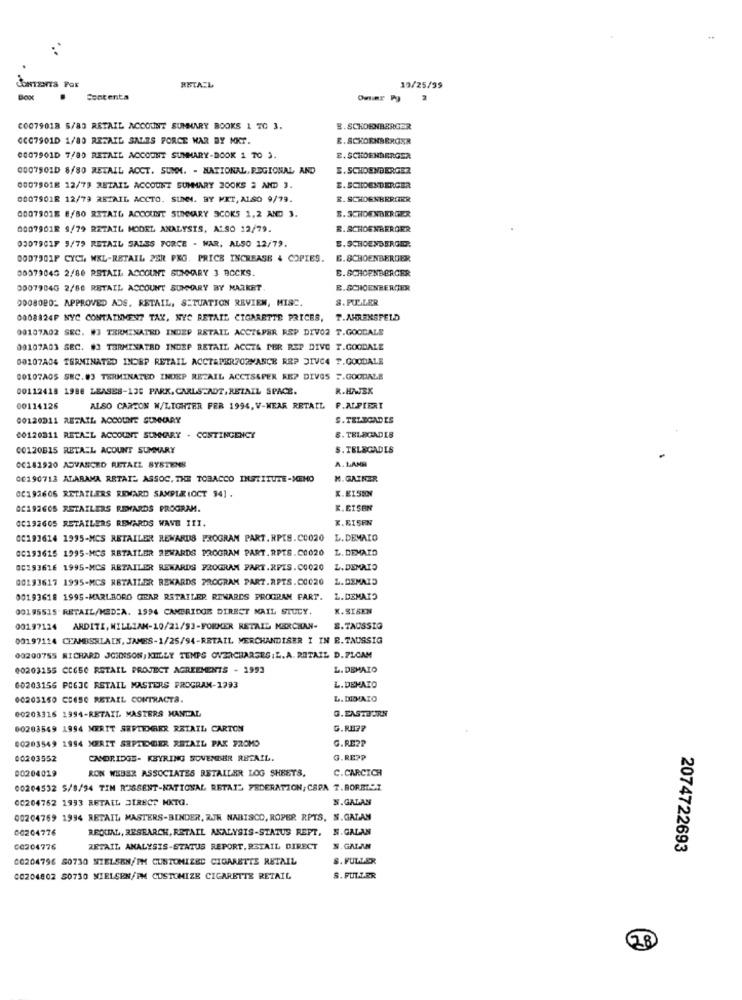
CONTENTS Par
RETAIL
19/25/99
Contenta
Omar W
C0079018 5/83 RETAIL ACCOUNT SUMMARY BOOKS 1 TO 3.
8. SCHOENBERGER
0CC7901D 1/80 RETAIL SALES FORCE WAR BY MKT.
E. SCHOENBERGER
0007901D 7/80 RETAIL ACCOUNT SUMMARY-BOOK 1 TO 3.
E. SCHOENBERGER
0007901D 8/80 RETAIL ACCT. SUMM. - NATIONAL, REGIONAL AND
S. SCHOENBERGER
0007901E 12/79 RETAIL ACCOUNT SUMMARY 200KS 2 AND 3.
E. SCHOENBERGER
0007901R 12/79 REZAIL ACCTO. SUNNM. BY MKT, ALSO 9/79.
R. SCHOENBERGIRR
$. SCHOENBERGER
0007901E 8/80 RETAIL ACCOUNT SUMMARY SCOKS 1,2 AND 3.
0007901R 9/79 RETAIL MODEL ANALYSIS, ALSO 12/79.
R. SCHOENBERGER
E. SCHOENBERGER
03079CIF 5/79 RETAIL SALES FORCE - WAR, ALSO 12/79.
0007901F CYCL WKL-RETAIL 2ER PKG. PRICE INCREASE & COPIES.
E. SCHOENBERGER
00379045 2/88 RETAIL ACCOUNT SUMMARY 3 BOCKS.
E.SCHOENBERGER
0007904G 2/80 RETAIL ACCOUNT SUMMARY BY MARKET.
E.SCHOENBERGER
0008020- APPROVED ADS. RETAIL, SITUATION REVIEW, MISC.
8. PULLER
0008824P NYC CONTAINMENT TAK, NYC RETAIL CIGARETTE PRICES, T.AHRENSFELD
00107A02 SEC. #3 TERMINATED INDEP RETAIL ACCTEPER RSP DIVO2 T.GOODALS
00107A03 SEC. #3 TERMINATED INDEP RETAIL ACCT& PER REP DIVO T.GOODALE
00107A04 TERMINATED INORP RETAIL ACCTAPERFORMANCE RRP DIVC4 T.GOODALE
00107A05 SEC.#3 TERMINATED INDEP RETAIL ACCTS&PER REP DIVGS .. GOODALE
00112418 1988 LEASES-130 PARK. CARLSTADT, RETAIL SPACE.
R.HAJEK
00114126
ALSO CARTON W/LIGHTER FER 1994. V-WEAR RETAIL P.ALFIERI
00120011 RETAIL ACCOUNT SUMMARY
S. TELEGADES
00120311 RETAIL ACCOUNT SUMMARY . CONTINGENCY
8. TELEGADIS
00120B15 RETAEL ACOUNT SUMMARY
S. TELEGADIS
A. LANS
00181920 ADVANCED RETAIL SYSTENS
00190712 ALABAMA RETAIL ASSOC. THE TOBACCO INSTITUTE-MEMO
M. GAINER
X.EISEN
0C191606 RETAILERS REWARD SAMPLE (OCT 94] .
02192605 RETAILERS REWARDS PROGRAM.
K.EISEN
00192605 RETAILERS REWARDS WAVE III.
X.RISPN
00193614 1995-MCS RETAILER REWARDS PROGRAM PART. RPTS.CC020
L. DEMAIO
00193615 1995-MCS RETAILER REWARDS PROGRAM PART.RPTS.C0020
L. DEMAIO
00193616 1995-MCS RETAILER REWARDS PROGRAM PART.RPIS.00020
L.DEMAIO
00193617 1995-MCS RETAILER REWARDS PROGRAM PART.RPTS.C0020
L.DEMAIO
00193618 1995-MARLBORO GEAR RETAILER REWARDS PROGRAM FART.
L.DEMAIO
00195515 RETAIL/MED:A. 1994 CAMBRIDGE DIRECT MAIL STUCY.
X.SISEN
00197124 ARDITI, WILLIAM-10/21/93-FORMER RETAIL MERCHAN-
S.TAUSSIG
00197114 CHAMBERLAIN, JAMES-1/25/94-RETAIL MERCHANDISER I IN B.TAUSSIG
00200755 RICHARD JOHNSON, KILLY TEMPS OVERCHARGEG.L.A. RETAIL D.FLOAM
00203155 CC650 RETAIL PROJECT AGREEMENTS - 1993
L. DEMAIO
60203156 PC63C RETAIL MASTERS PROGRAM-1793
L.DEMAIO
00203150 CE650 RETAIL CONTRACTS.
L. DIMAIO
00203316 1994-RETAIL MASTERS MANDAL
G.EASTBORN
00203549 1994 MERIT SEPTEMBER RETAIL CARTON
G. RH ??
00203549 1994 MERIT SRPIGER RETAIL PAK PROMO
G.RE2P
00203552
CAMBRIDGE- KEYRING SOVENTER RETAIL.
G.RE ??
00204019
RON WEBER ASSOCIATES RETAILER LOG SHEETS.
C.CARCICH
00204532 5/8/94 TIM RISSENT-NATIONAL RETAIL FEDERATION; CAPA T.BORRIST
00204762 1993 RETAIL DIRECT MKTG.
N.GALAN
00204769 1994 RETAIL MASTERS-BINDER, AJR NABISCO, ROPER RPTS, N.GALAN
00204776
REQUAL, RESEARCH, RETAIL ANALYSIS-STATUS REPT, N.GALAN
CO304776
RETAIL ANALYSIS-STATUS REPORT, RETAIL DIRECT
S.GALAN
2074722693
60204796 80730 NIELSEN/PM CUSTOMIZED CIGARETTE RETAIL
S. FULLER
00204802 80730 NIELSEN/PM CUSTOMIZE CIGARETTE RETAIL
S. FULLER
100